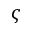
\varsigma